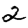
Digit: 2